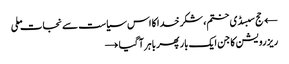
← حج سبسڈی ختم، شکر خدا کا اس سیاست سے نجات ملی
ریزرویشن کا جن ایک بار پھر باہر آ گیا →